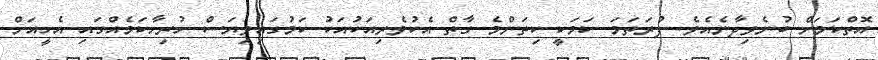
އޮތްކަމަށް ބުނެވިދާނެއެވެ. ފުރަތަމަ ކަމަކީ ކިތަންމެ ގާތް އެކުވެރިއަކުއަކު ކަމުގައިވިޔަސް ހުރިހާކަމެއްގައި އެހީއަށް